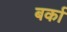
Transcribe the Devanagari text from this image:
बर्का